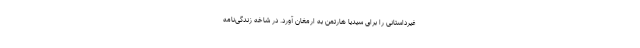
غیرداستانی را برای سیدیا هارتمن به ارمغان آورد. در شاخه زندگی‌نامه